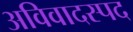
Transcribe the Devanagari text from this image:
अविवादस्पद